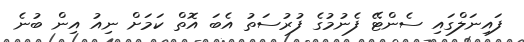
ފައިނަލްގައި ސެންޓޭ ފެނުމުގެ ފުރުސަތު އެބަ އޮތް ކަމަށް ނިއު އިން ބުނެ